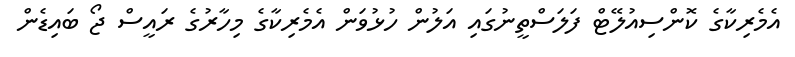
އެމެރިކާގެ ކޮންސިއުލޭޓް ފަލަސްތީނުގައި އަލުން ހުޅުވަން އެމެރިކާގެ މިހާރުގެ ރައީސް ޖޯ ބައިޑެން